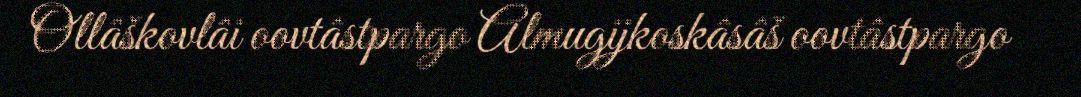
Ollâškovlâi oovtâstpargo Almugijkoskâsâš oovtâstpargo